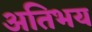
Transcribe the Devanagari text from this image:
अतिभय